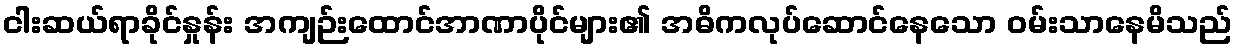
ငါးဆယ်ရာခိုင်နှုန်း အကျဉ်းထောင်အာဏာပိုင်များ၏ အဓိကလုပ်ဆောင်နေသော ဝမ်းသာနေမိသည်